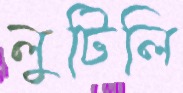
লুটিলি